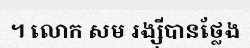
។ លោក សម រង្ស៊ីបានថ្លែង